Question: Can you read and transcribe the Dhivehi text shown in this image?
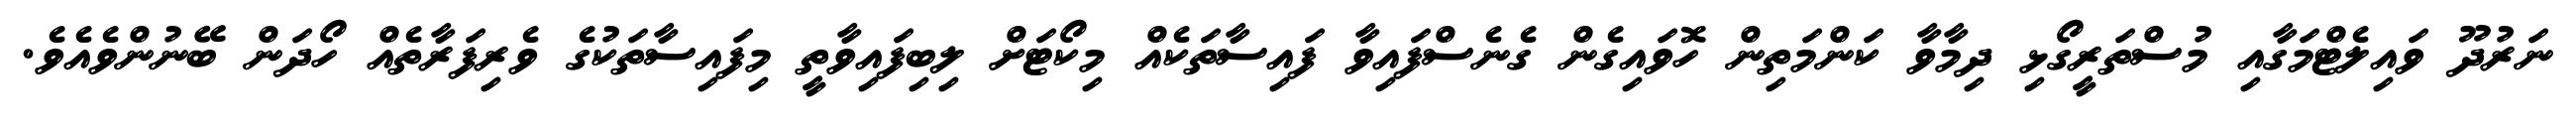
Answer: ނަރުދޫ ވައިލެޓްމަގާއި މުސްތަރީގޯޅި ދިމާވާ ކަންމަތިން ހޮވައިގެން ގެނެސްފައިވާ ފައިސާތަކެއް މިކޯޓަށް ލިބިފައިވާތީ މިފައިސާތަކުގެ ވެރިފަރާތެއް ހޯދަން ބޭނުންވެއެވެ.